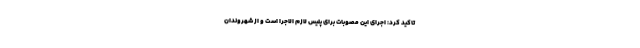
تاکید کرد: اجرای این مصوبات برای پلیس لازم الاجرا است و از شهروندان